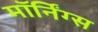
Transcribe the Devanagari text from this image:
मॉर्निंग्स